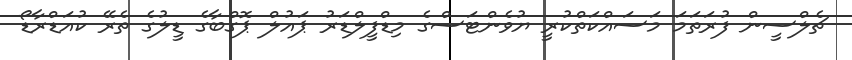
ޗެލްސީން ފުރަތަމަ މަސައްކަތްކުރީ ޔުވެންޓަސްގެ މިޑްފީލްޑަރު ޕައުލް ޕޮގްބާގެ ޑީލުގެ ތެރޭ ކުއަޑްރާޑޯ